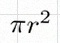
\pi r^2